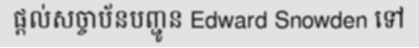
ផ្តល់សច្ចាប័នបញ្ជូន Edward Snowden ទៅ